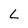
Character: L